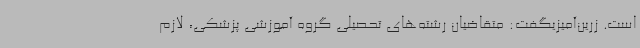
است. زرین‌آمیزیگفت: متقاضیان رشته‌های تحصیلی گروه آموزشی پزشکی، لازم